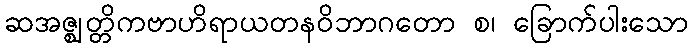
ဆအဇ္ဈတ္တိကဗာဟိရာယတနဝိဘာဂတော စ၊ ခြောက်ပါးသော